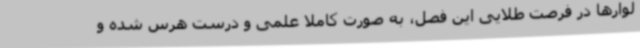
لوارها در فرصت طلایی این فصل، به صورت کاملاً علمی و درست هرس شده و